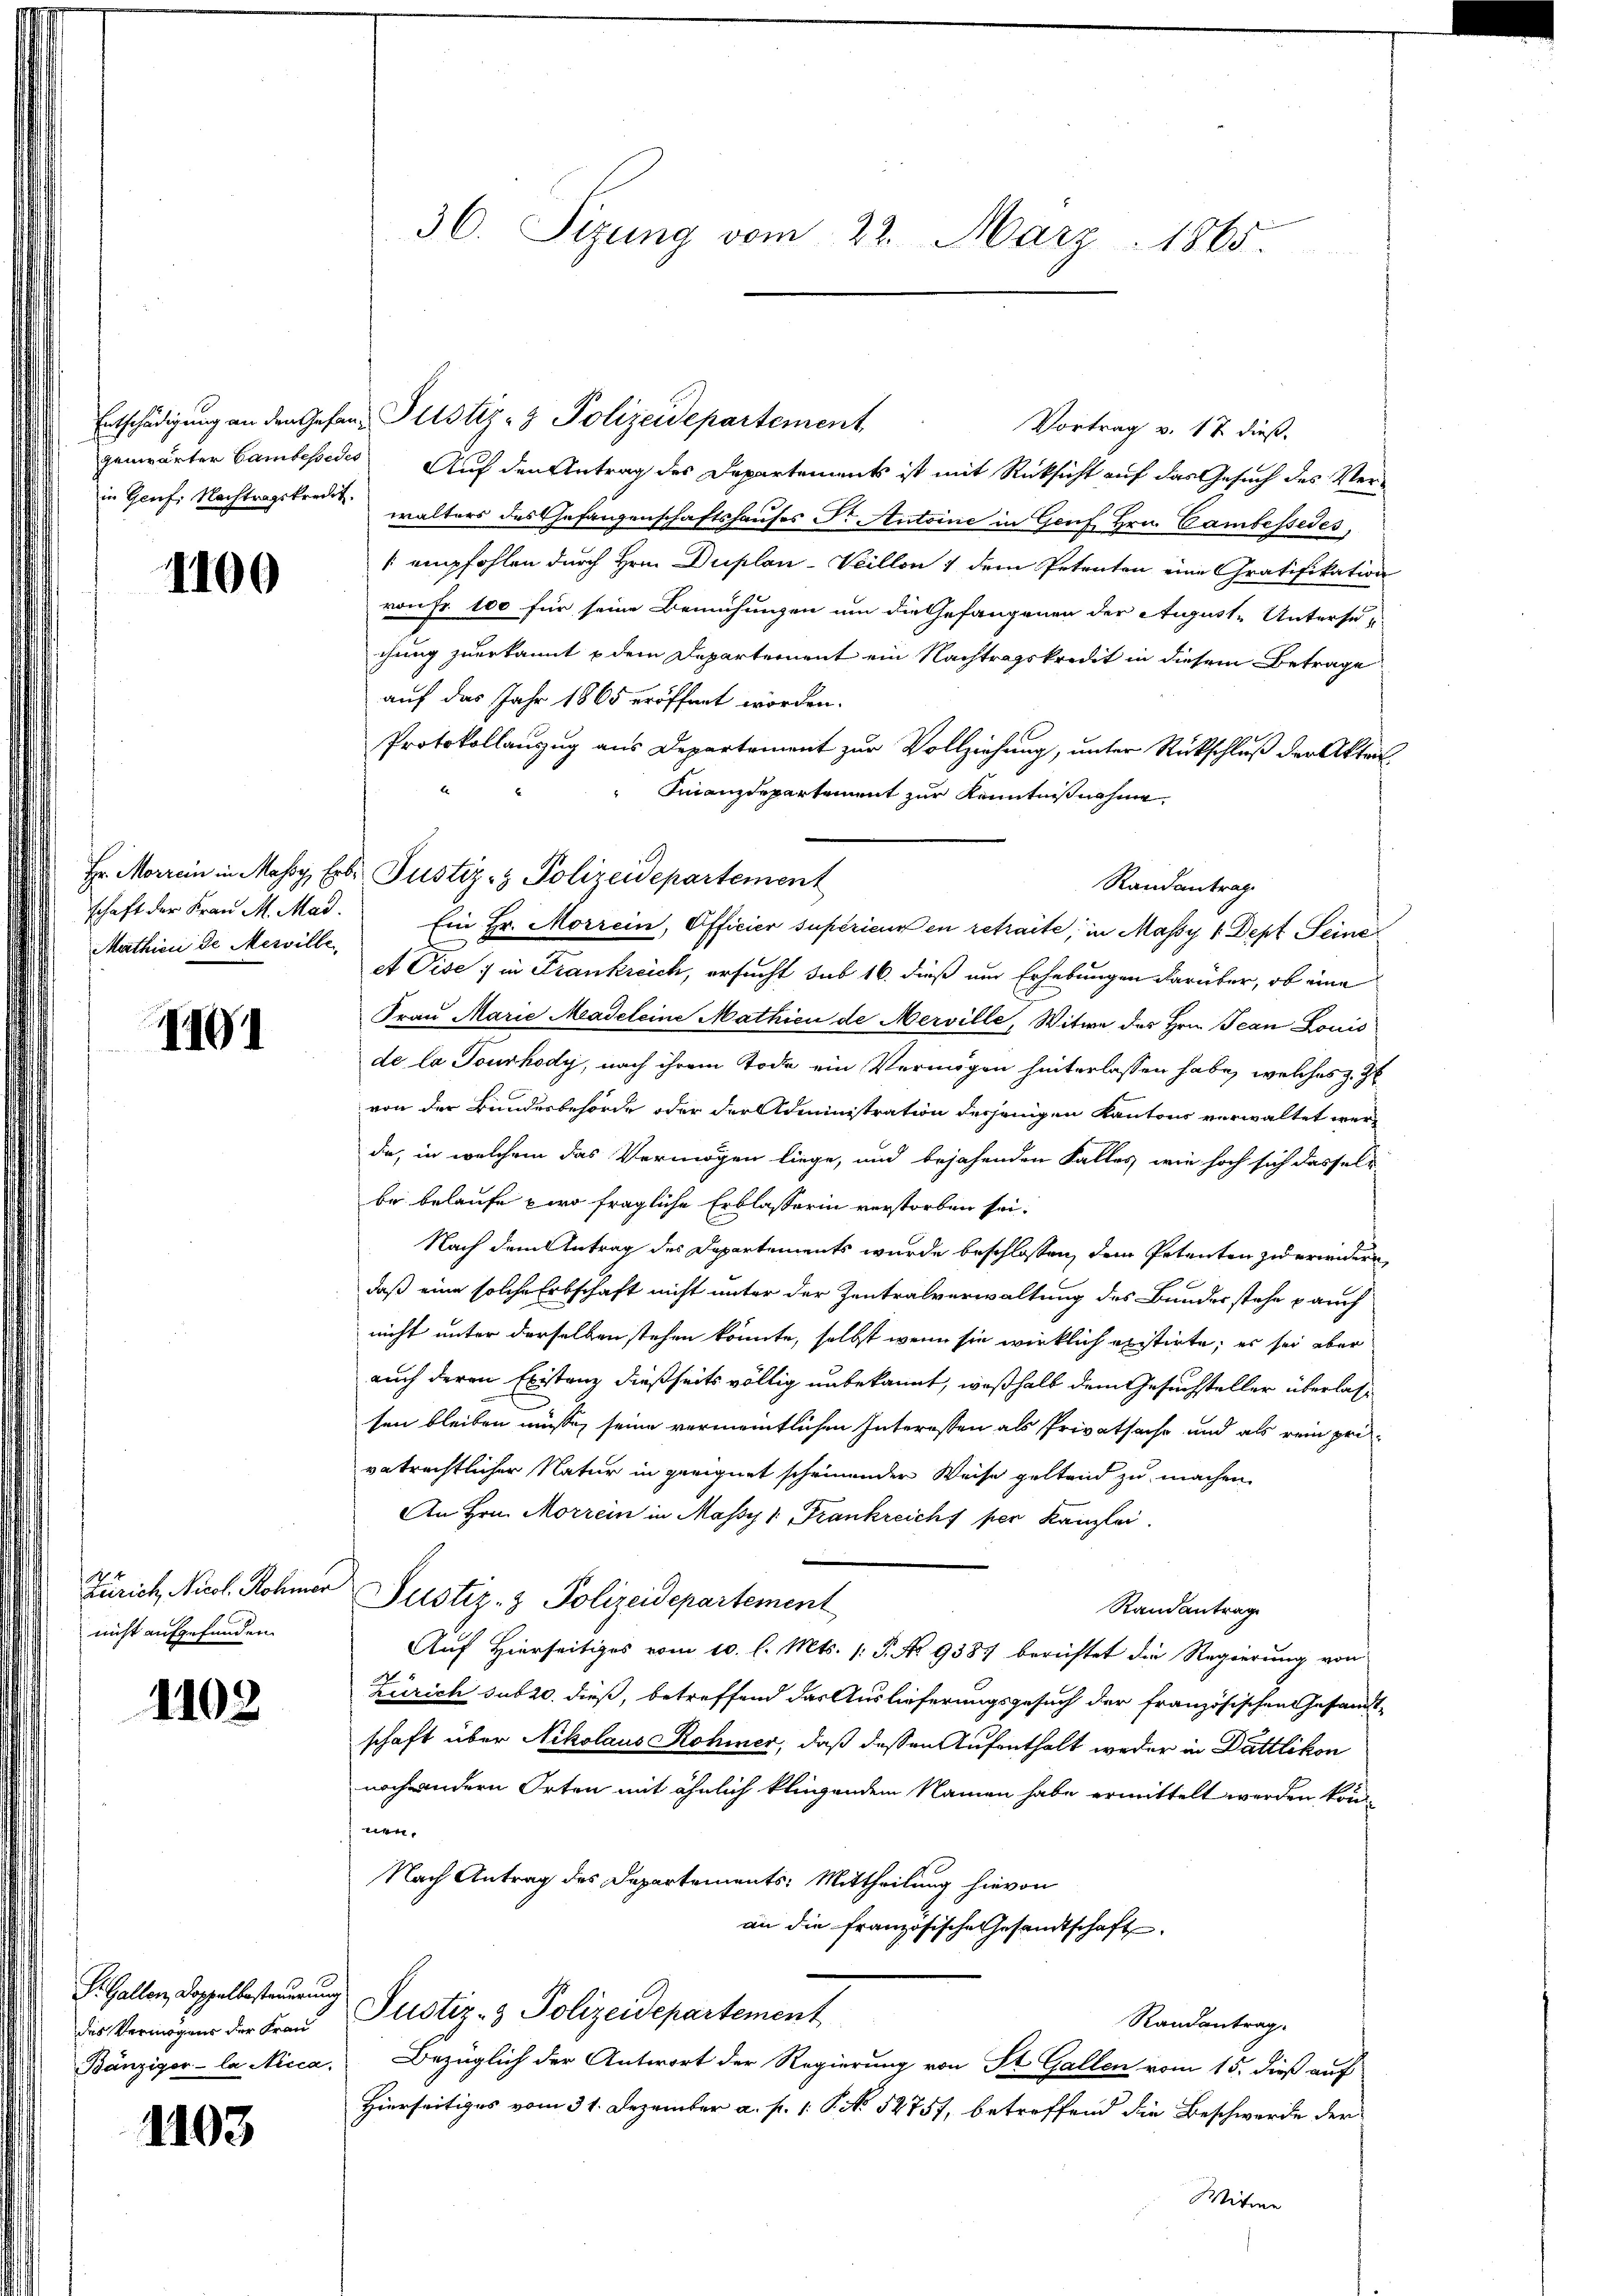
1100

Mathien de Merille

II01

Zürich, Nicol. Rohmar
nicht aufgefunden.

1102

des Vermögens der Frau

1103

36. Sizung vom 23. März 1865.

genwärter Cambessedes Auf den Antrag des Departements ist mit Rücksicht auf das Gesuch des Verin Genf. Nachtragskreis walters des Gefangenschaftshauses Dr. Antoine in Genf Hrn. Cambessedes,
/ empfohlen durch Hrn. Duplan-Veillon 1 dem Petenten eine Gratifikation
von Fr. 100 für seine Bemühungen um die Gefangenen der August Untersuchung zuerkannt & dem Departement ein Nachtragskredit in diesem Betrage
auf das Jahr 1865 eröffnet worden.
Protokollanzug aus Departement zur Vollziehung, unter Rückschluß der Akten
Finanzdepartement zur Kenntnißnahme,
schaft der Frau M. Mad. Ein Hr. Morrein, Officier supérieur en retraite, in Massy 1. Dept Seine
et Pise; in Frankreich, ersucht sub 16. dieß um Erhebungen darüber, ob eine
Frau Marie Madeleine Mathicu de Nerville, Witwe des Hrn. Jean Louis
de la Tourhody, nach ihrem Tode ein Vermögen hinterlassen habe, welches z. Z
von der Bundesbehörde oder der Administration desjenigen Kantons verwaltet werda, in welchem das Vermögen liege, und bejahenden Falles, wie hoch sich dasselbe belaufe zwo fragliche Erblasserin verstorben sei.
Nach dem Antrag des Departements wurde beschlossen, dem Petenten zu erindern
daß eine solche Erbschaft nicht unter der Zentralverwaltung des Bundes stehe & auch
nicht unter derselben stehen könnte, selbst wenn sie wirklich existirte, es sei aber
auch deren Existanz dießseits völlig unbekannt, weßhalb dem Gesuchsteller überlass
sen bleiben müsse, seine vermeintlichen Interessen als Privatsache und als rein pri-
vatrechtlicher Natur in geeignet scheinender Weise gestand zu machen.
An Hrn. Morrein in Massy 1: Frankreich per Kanzlei.
Justiz- & Polizeidepartement
Randantrag
Auf Hierseitiges vom 10. l. Mts. 1. P. No 9387 berichtet die Regierung von
Zürich subro dieß, betreffend das Auslieferungsgesuch der französischen Gesandt
schaft über Nikolaus Rohner, daß dessen Aufenthalt weder in Dättlikon
noch andern Orten mit ähnlich klingendem Namen habe ermittelt werden können.
Nach Antrag des Departements: Mittheilung hievon
an die französische Gesandtschaft.
S. Gallen, Doppelbesterung Justiz- & Polizeidepartement
Randantrag.
Bänziger-la Nicca. Bezüglich der Antwort der Regierung von St. Gallen vom 15. dieß auf
Hierseitiges vom 31. Dezember a. p. 1. P. N. 52757, betreffend die Beschwerde der
Witwe

Entschädigung an den Gefan Pustiz- & Polizeidepartement

Hr. Morrein in Massy, Erbr. Justiz- & Polizeidepartement

Vortrag v. 17. dieß.

Randantrag